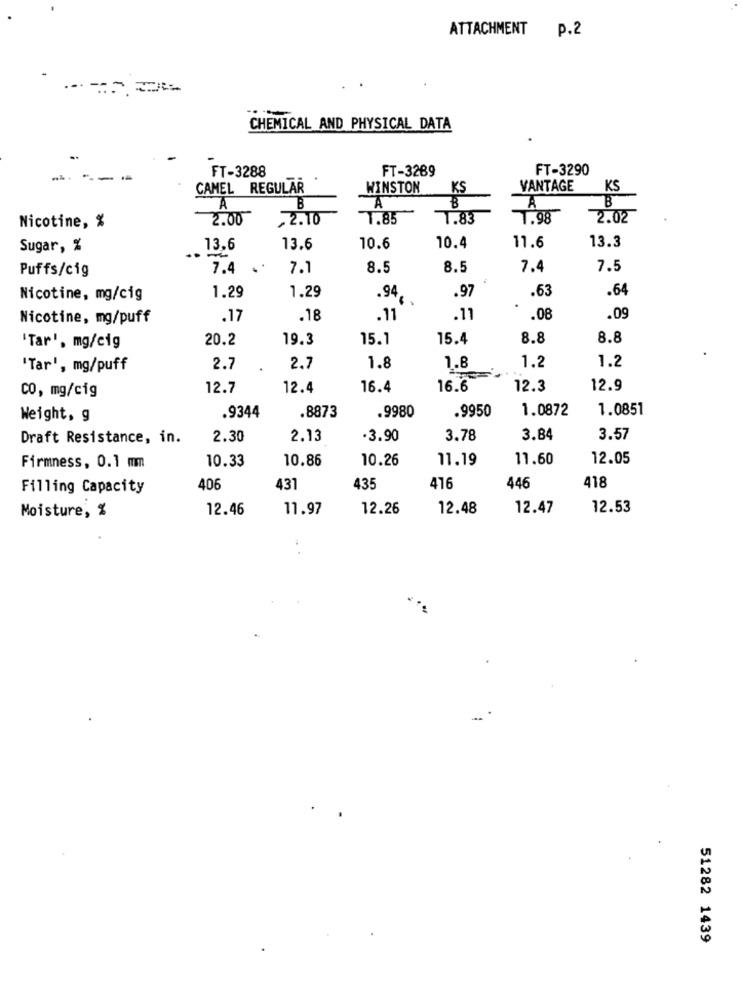
ATTACHMENT
p.2
CHEMICAL AND PHYSICAL DATA
..
FT-3288
FT-3289
FT-3290
...
---
.
CAMEL REGULAR
WINSTON
KS
VANTAGE
KS
B
A
A
B
A
2.00
„2.10
1.85
1.83
1.98
2.02
Nicotine, %
13.3
Sugar, %
13,6
13.6
10.6
10.4
11.6
Puffs/cig
7.4
7.1
8.5
8.5
7.4
7.5
.97
.64
Nicotine, mg/cig
1.29
1.29
.94.
.63
Nicotine, mg/puff
.17
.18
.11
.11
.08
.09
20.2
19.3
15.1
15.4
8.8
8.8
Tar', mg/cig
1.2
'Tar', mg/puff
2.7
2.7
1.8
1.8
1.2
CO, mg/cig
12.7
12.4
16.4
16.6
12.3
12.9
.9950
1.0872
1.0851
Weight, g
.9344
.8873
.9980
Draft Resistance, in.
2.30
2.13
.3.90
3.78
3.84
3.57
10.33
10.86
10.26
11.19
11.60
12.05
Firmness, 0.1 mm
418
Filling Capacity
406
431
435
416
446
Moisture, %
12.46
11.97
12.26
12.48
12.47
12.53
.. .
51282 1439